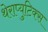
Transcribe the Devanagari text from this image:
थेराप्युटिक्स